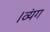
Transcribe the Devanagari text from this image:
।व्यंग